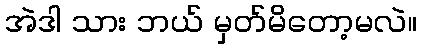
အဲဒါ သား ဘယ် မှတ်မိတော့မလဲ။